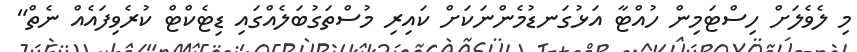
މި ލެވެލަށް ހިސްޓަމިން ހުއްޓާ އަޅުގަނޑުމެންނަކަށް ކައިރި މުސްތަގުބަލެއްގައި ޑިޓެކްޓް ކުރެވިފައެއް ނެތް"